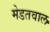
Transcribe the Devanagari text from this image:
मेडतवाल